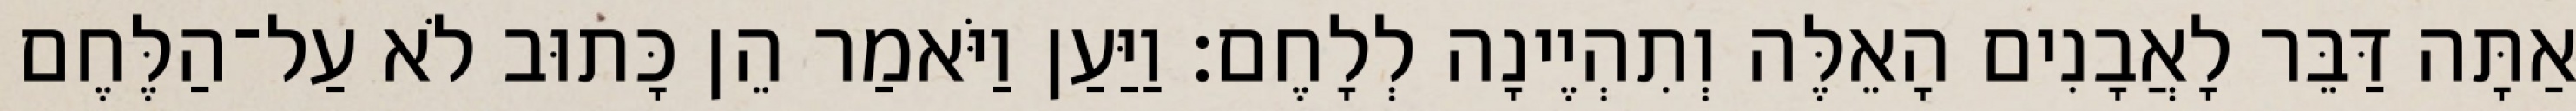
אַתָּה דַּבֵּר לָאֲבָנִים הָאֵלֶּה וְתִהְיֶינָה לְלָחֶם׃ וַיַּעַן וַיֹּאמַר הֵן כָּתוּב לֹא עַל־הַלֶּחֶם